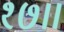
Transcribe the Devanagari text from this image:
१७॥